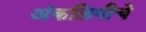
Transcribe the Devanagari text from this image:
अंकलिपीचे